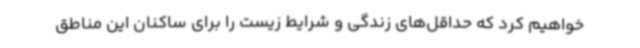
خواهیم کرد که حداقل‌های زندگی و شرایط زیست را برای ساکنان این مناطق